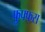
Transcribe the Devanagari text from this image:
फुफ्फस